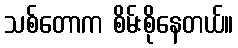
သစ်တောက စိမ်းစိုနေတယ်။